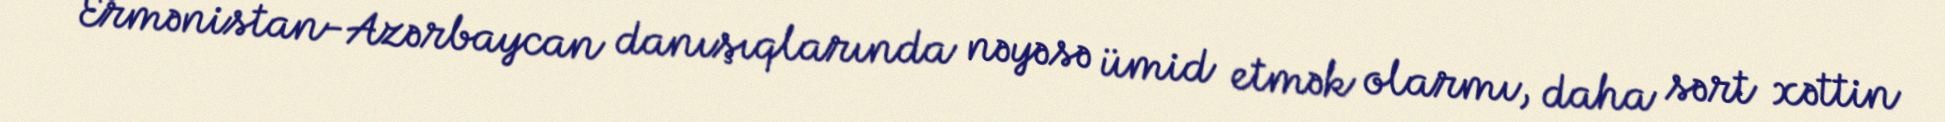
Ermənistan-Azərbaycan danışıqlarında nəyəsə ümid etmək olarmı, daha sərt xəttin